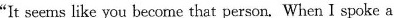
"It seems like you become that person. When I spoke a